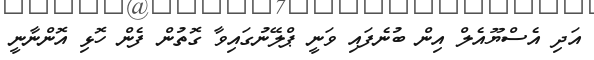
އަދި އެސްޔޫއެލް އިން ބުނެފައި ވަނީ ޕްލޭނުގައިވާ ގޮތުން ފެން ހޮޅި އޮންނާނީ